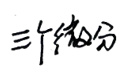
三个部分